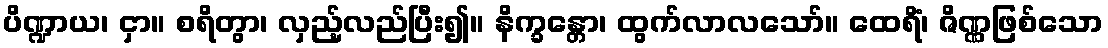
ပိဏ္ဍာယ၊ ငှာ။ စရိတွာ၊ လှည့်လည်ပြီး၍။ နိက္ခန္တော၊ ထွက်လာလသော်။ ထေရိံ၊ ဇိဏ္ဏဖြစ်သော